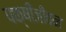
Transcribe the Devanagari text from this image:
पक्षीजीवन